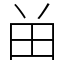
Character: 𬎿